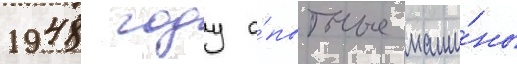
1948 году о́пытные маши́ны